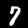
Digit: 7